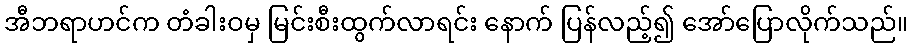
အီဘရာဟင်က တံခါးဝမှ မြင်းစီးထွက်လာရင်း နောက် ပြန်လည့်၍ အော်ပြောလိုက်သည်။